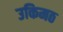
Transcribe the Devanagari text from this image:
उकिमठ